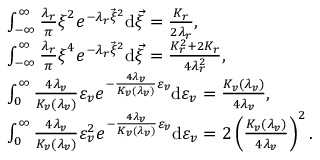
\begin{array} { r l } & { \int _ { - \infty } ^ { \infty } \frac { \lambda _ { r } } { \pi } \boldsymbol { \xi } ^ { 2 } e ^ { - \lambda _ { r } \vec { \xi } ^ { 2 } } \mathrm { { d } } { \vec { \xi } } = \frac { K _ { r } } { 2 \lambda _ { r } } , } \\ & { \int _ { - \infty } ^ { \infty } \frac { \lambda _ { r } } { \pi } \boldsymbol { \xi } ^ { 4 } e ^ { - \lambda _ { r } \vec { \xi } ^ { 2 } } { \mathrm { d } } { \vec { \xi } } = \frac { K _ { r } ^ { 2 } + 2 K _ { r } } { 4 \lambda _ { r } ^ { 2 } } , } \\ & { \int _ { 0 } ^ { \infty } \frac { 4 \lambda _ { v } } { K _ { v } ( \lambda _ { v } ) } \varepsilon _ { v } e ^ { - \frac { 4 \lambda _ { v } } { K _ { v } ( \lambda _ { v } ) } { \varepsilon _ { v } } } \mathrm { { d } } \varepsilon _ { v } = \frac { K _ { v } ( \lambda _ { v } ) } { 4 \lambda _ { v } } , } \\ & { \int _ { 0 } ^ { \infty } \frac { 4 \lambda _ { v } } { K _ { v } ( \lambda _ { v } ) } \varepsilon _ { v } ^ { 2 } e ^ { - \frac { 4 \lambda _ { v } } { K _ { v } ( \lambda _ { v } ) } \varepsilon _ { v } } { \mathrm { d } } \varepsilon _ { v } = 2 \left( \frac { K _ { v } ( \lambda _ { v } ) } { 4 \lambda _ { v } } \right) ^ { 2 } . } \end{array}